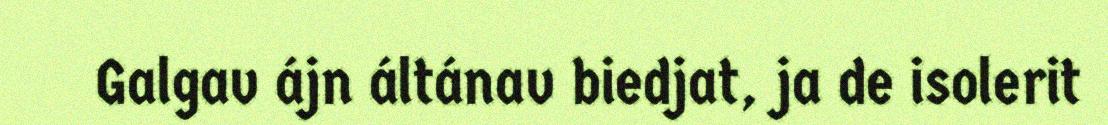
Galgav ájn áltánav biedjat, ja de isolerit